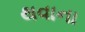
થવાના